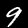
Label: 9